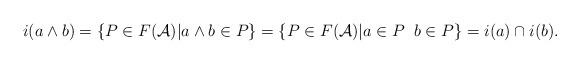
LaTeX: \begin{align*}i(a \wedge b)=\{P \in F(\mathcal{A}) | a \wedge b \in P\}=\{P \in F(\mathcal{A})| a \in P \; \; b \in P\}=i(a) \cap i(b).\end{align*}